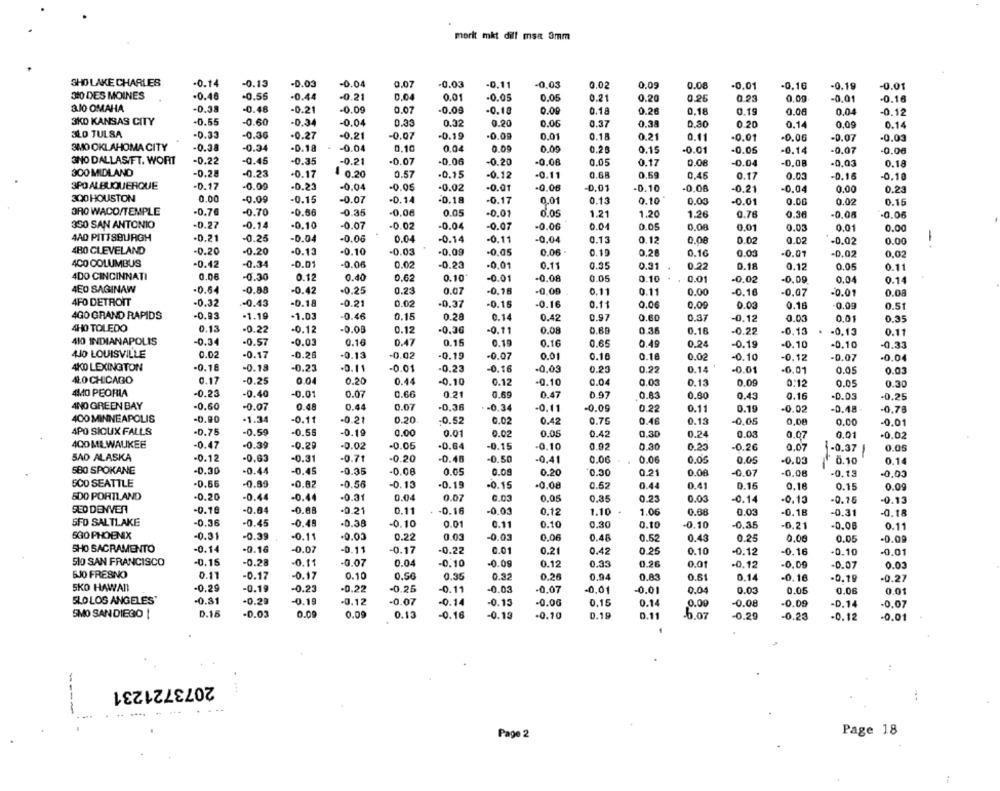
merit mkt dill msa 3mm
SHO LAKE CHARLES
-0.14
-0.13
-0.03
-0.04
0.07
-0.03
-0.11
-0,03
0.02
0.09
0.08
-0,01
-0.16
-0.19
-0.01
310 DES MOINES
-0.46
-0.56
-0.21
0.04
0.01
-0.44
-0.05
0.05
0.21
0.20
0.25
0.23
0,00
-0,01
-0.16
3JO OMAHA
-0.38
-0.48
-0.21
-0.09
0.07
-0.09
-0.18
0.09
0.18
0.26
0.18
0.19
0.00
0,04
-0.12
3KD KANSAS CITY
-0.55
-0.60
-0.34
-0.04
0.33
0.02
0.20
0.06
0.37
0.34
0.30
0.20
0.14
0,09
0.14
3LD TULSA
-0.33
-0.36
-0.07
.0.00
-0.27
-0.21
-0.19
0.01
0.1.
0.21
0.11
-0.01
-0.06
-0.07
-0.03
3MO OKLAHOMA CITY
-0.38
-0.34
-0.18
-0.04
0.10
0.04
0.00
0.09
0.20
0.15
-0.01
-0.05
-0.14
-0.07
-0.00
3NO DALLASIFT. WORT
-0.22
-0.45
-0.35
-0.21
-0.07
-0.06
-0.20
-0.06
0.05
0.17
0.08
-0.04
-0,03
0.18
300 MIDLAND
-0.25
-0.23
-0.17
0.20
0.57
-0.15
-0.12
-0.11
0.68
0.59
0.45
0.05
-0.16
-0.10
0.17
3PO ALBUQUERQUE
-0.17
-0.00
-0.23
-0.04
-0.05
-0.02
-0.01
-0.06
-0.01
-0.10
-0.06
-0.21
-0.04
0.00
0.23
300 HOUSTON
0.00
-0.17
-0.09
-0.15
-0.07
-0.14
-0.18
0,01
0.13
0.10
0.00
-0.01
0.00
0.02
0.15
ORO WACO/TEMPLE
-0.70
-0.70
-0.66
-0.35
-0.08
0.05
-0.01
0.05
1.21
1.20
1.26
0.76
0.30
-0.08
-0.06
350 SAN ANTONIO
-0.27
-0.14
-0.10
-0.07
-0.02
-0.04
-0.07
-0.06
0.04
0.05
0.08
0.01
0.03
0.01
0.00
4AD PITTSBURGH
-0.21
-0.25
-0.04
-0.06
0.04
-0.14
-0.11
-0,04
0.13
0.12
0.08
0.02
0.02
-0.02
0.00
-+
4BO CLEVELAND
-0.20
-0.20
-0.13
-0.10
-0.03
-0.09
-0.05
0.06
0.19
0.28
0.16
0.00
-0.01
-0.02
0,02
400 COLUMBUS
-0.42
-0.34
-0.01
-0.06
0.02
-0.23
-0.01
0.11
0.35
0.31
0.18
0.12
0.05
0.11
4DO CINCINNATI
0.06
-0.30
0.12
0.40
0.62
0.10
-0.01
-0.08
0.05
0.10
0.01
-0.02
-0.09
0.04
0.14
4E0 SAGINAW
-0.6.
-0.88
-0.42
-0.25
0.23
0.07
-0.16
-0.09
0.11
0.11
0.00
-0.16
-0.07
-0.01
0.08
4FO DETROIT
-0.32
.- 0.43
-0.18
-0.21
0.02
-0.37
-0.15
-0.16
0.11
0.06
0.09
0.03
0.16
0.09
0.51
4GO GRAND RAPIDS
-0.93
-1.19
-1.03
-0.46
0.15
0.28
0.14
0.42
0.97
0.60
0.37
-0.12
0.03
0,01
0.35
4HO TOLEDO
0.13
-0.22
-0.12
-0.00
0.12
-0.36
-0.11
0.08
0.68
0.36
0.16
-0.22
-0.15
-0.13
0.11
410 INDIANAPOLIS
-0.57
0.47
-0.34
-0.03
0.16
0.15
0.10
0.16
0.65
0.49
0,24
-0.19
-0.10
-0.10
-0.33
4JO LOUISVILLE
0.02
-0.17
-0.28
-0.13
-0.02
-0.19
-0.07
0.01
0.10
0.16
0.02
-0.10
-0.12
-0.07
-0.04
4KO LEXINGTON
-0.16
-0.18
-0.23
-0.11
-0.01
-0.23
-0.16
-0,03
0.23
0.22
0.14
-0.01
-0.01
0.05
0.03
4ŁO CHICAGO
0.17
-0.25
0.04
0.20
-0.10
0.44
-0.10
0.12
0.04
0.03
0.13
0.09
0:12
0.05
0.30
4MO PEORIA
-0.23
-0.40
-0.01
0.07
0.66
0.21
0.69
0.47
0.97
0.83
0.60
0.43
0.16
-0.03
-0.25
AND GREEN BAY
-0.60
-0.07
0.48
0.44
0.07
-0.36
-0.34
-0.11
-0.09
0.22
0.11
0.19
-0.02
-0.48
-0.78
400 MINNEAPOLIS
-0.90
-1.34
-0.11
-0.21
0.20
-0.52
0.02
0.76
-0.05
0.42
0.46
0.13
0,08
0.00
-0.01
4PO SIOUX FALLS
-0.75
-0.59
-0.55
-0.19
0.00
0.01
0.02
0.05
0.42
0.30
0.24
0.03
0.07
0.01
-0.02
400 MILWAUKEE
-0.47
-0.39
-0.29
-0.02
-0.05
-0.64
-0.15
-0.10
0.02
0.30
0.23
-0.26
0.07
1-0.37
0.05
SAO ALASKA
-0.12
-0.63
-0.31
-0.71
-0.20
-0.48
-0.50
-0,41
0.06
0.06
0.05
0.05
0.10
-0.03
0.14
SBO SPOKANE
-0.30
-0.44
-0.45
-0.35
-0.08
0.05
0.09
0.20
0.30
0.21
0.08
-0.07
-0.08
-0.13
-0,03
SCO SEATTLE
-0.66
-0.89
-0.82
-0.56
-0.13
-0.19
-0.15
-0.08
0.52
0.44
0.41
0.16
0.18
0.15
0.09
500 PORTLAND
-0.20
-0.44
-0.44
-0.31
0.04
0.07
6.03
0.05
0.35
0.23
0.03
-0.14
-0.15
-0.15
-0.13
SEO DENVER
-0.16
-0.04
-0.88
-0.21
0.11
-0.16
-0.03
0.12
1.10
1.06
0.68
0.03
-0.18
-0.31
-0.18
SFO SALTLAKE
-0.36
-0.45
-0.49
-0.38
-0.10
0.01
0.11
0.10
0,30
0.10
-0.10
-0.35
-0.21
-0.08
0.11
5GO PHOENIX
-0.31
-0.39
-0.11
-0.03
0.22
0.03
-0.03
0,06
0.48
0.52
0.43
0.25
0,00
0.05
-0.09
SHO SACRAMENTO
-0.14
-0.16
-0.07
-0.11
-0.17
-0.22
0.01
0.21
0.42
0.25
0.10
-0.12
-0.16
-0.10
-0.01
SIo SAN FRANCISCO
-0.15
-0.28
-0.11
-0.07
0.04
0.12
0.35
0.26
0.01
-0.10
-0.09
-0.12
-0.00
-0.07
0.03
5JO FRESNO
0.11
-0.17
-0.17
0.10
0.50
0.35
0.32
0.26
0,94
0.83
0.51
0.14
-0.16
.0.19
-0.27
SKO HAWAII
-0.29
-0.19
-0.23
-0.22
-0.25
-0.11
-0.03
-0.07
-0,01
-0.01
0.04
0.03
0.05
0,06
0.01
SLO LOS ANGELES'
-0.81
-0.2ª
-0.19
-0.12
-0.07
-0.14
-0.15
-0.00
0.15
-0.09
0.14
0.00
-0.08
-D.14
-0.07
SMO SAN DIEGO |
D.15
-0.03
0.09
0.09
0.13
-0.16
-0.13
-0.10
D.19
0.11
-6.07
-0.29
-0.23
-0.12
-0.01
2073721231
--
. ..
Page 2
Page 18